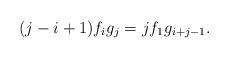
LaTeX: \begin{align*} (j-i+1)f_i g_j = j f_1 g_{i+j-1}.\end{align*}